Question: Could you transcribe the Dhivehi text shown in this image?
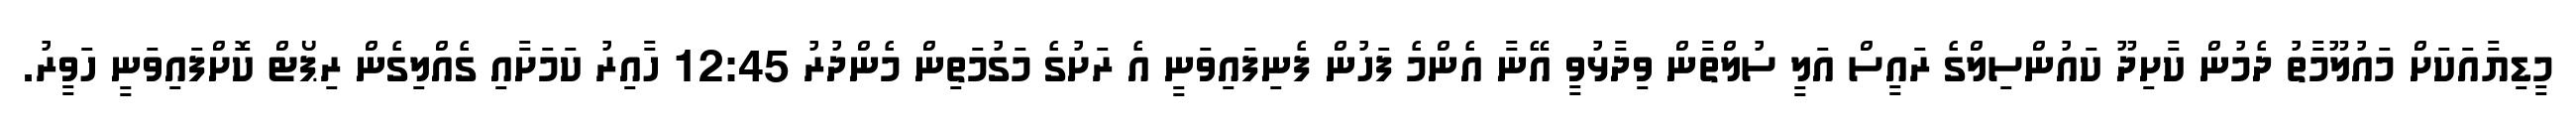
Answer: މީޑިޔާއަކަށް މައުލޫމާތު ދެމުން ކާށިދޫ ކައުންސިލްގެ ރައީސް އަލީ ސުލްތާން ވިދާޅުވީ އޭނާ އެންމެ ފަހުން ފެނިފައިވަނީ އެ ރަށުގެ މަގުމަތިން މެންދުރު 12:45 ހާއިރު ކަމަށާއި ގެއްލިގެން ރިޕޯޓް ކޮށްފައިވަނީ ހަވީރު.